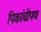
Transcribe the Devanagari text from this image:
पिकांचीपण